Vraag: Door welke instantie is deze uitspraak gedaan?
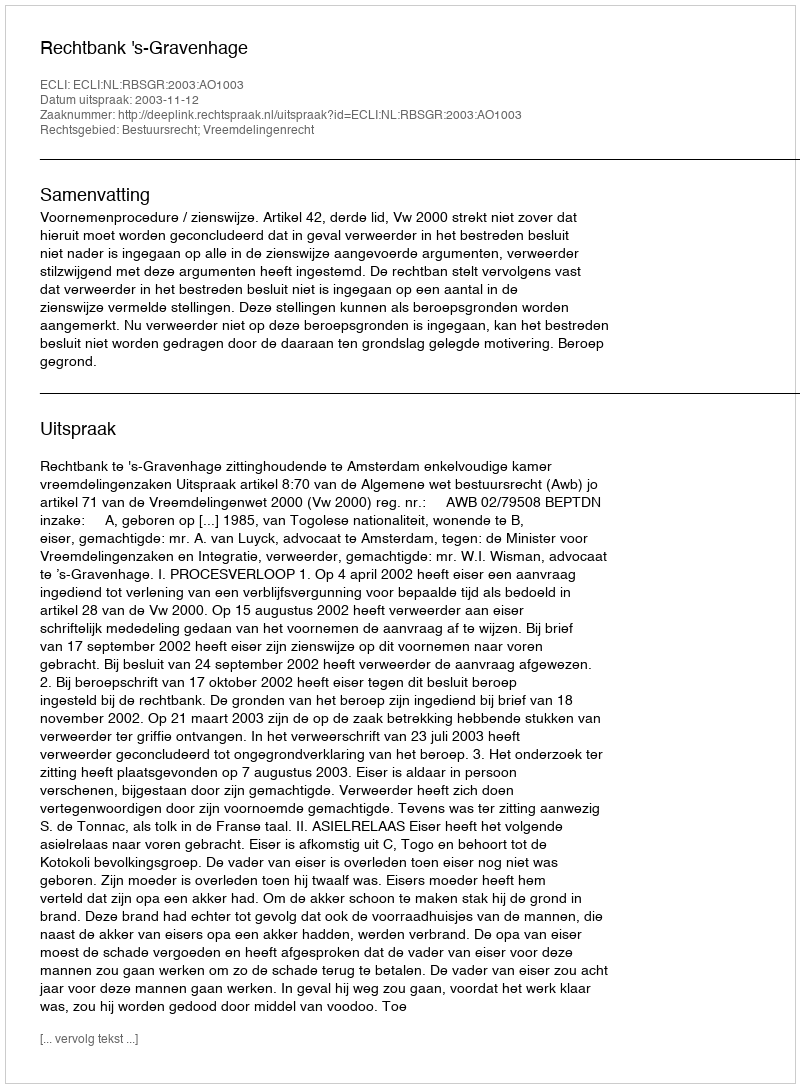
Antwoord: Rechtbank 's-Gravenhage